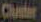
Challe